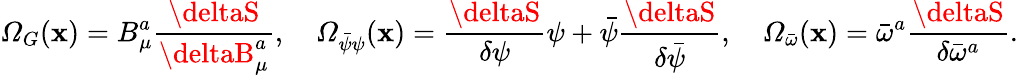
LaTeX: {\mit\Omega}_{G}(\mathbf{x})=B_{\mu}^{a}\frac{{\deltaS}}{{\deltaB_{\mu}^{a}}},\quad{\mit\Omega}_{\bar{{\psi}}\psi}(\mathbf{x})=\frac{{\deltaS}}{{\delta\psi}}\psi+\bar{{\psi}}\frac{{\deltaS}}{{\delta\bar{{\psi}}}},\quad{\mit\Omega}_{\bar{{\omega}}}(\mathbf{x})=\bar{{\omega}}^{a}\frac{{\deltaS}}{{\delta\bar{{\omega}}^{a}}}.